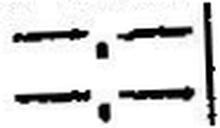
—.—